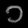
Digit: ၁